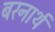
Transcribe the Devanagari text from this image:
बरनार्थ